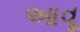
આવૂ